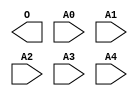

///
/// created by oc8051 rom maker
///
/// source file: C:\simont\monasm1.hex
/// time: 4:20:40 PM
///

module ROM32X1(O, A0, A1, A2, A3, A4); // synthesis syn_black_box syn_resources="luts=2"
output O;
input A0;
input A1;
input A2;
input A3;
input A4;
endmodule

//rom for 8051 processor

module oc8051_rom (rst, clk, addr, ea_int, data1, data2, data3);

parameter INT_ROM_WID= 10;

input rst, clk;
input [15:0] addr;
output ea_int;
output [7:0] data1, data2, data3;
reg ea_int;
reg [4:0] addr01;
reg [7:0] data1, data2, data3;

wire ea;
wire [15:0] addr_rst;
wire [7:0] int_data0, int_data1, int_data2, int_data3, int_data4, int_data5, int_data6, int_data7, int_data8, int_data9, int_data10, int_data11, int_data12, int_data13, int_data14, int_data15, int_data16, int_data17, int_data18, int_data19, int_data20, int_data21, int_data22, int_data23, int_data24, int_data25, int_data26, int_data27, int_data28, int_data29, int_data30, int_data31;

assign ea = | addr[15:INT_ROM_WID];

assign addr_rst = rst ? 16'h0000 : addr;

  rom0 rom_0 (.a(addr01), .o(int_data0));
  rom1 rom_1 (.a(addr01), .o(int_data1));
  rom2 rom_2 (.a(addr_rst[9:5]), .o(int_data2));
  rom3 rom_3 (.a(addr_rst[9:5]), .o(int_data3));
  rom4 rom_4 (.a(addr_rst[9:5]), .o(int_data4));
  rom5 rom_5 (.a(addr_rst[9:5]), .o(int_data5));
  rom6 rom_6 (.a(addr_rst[9:5]), .o(int_data6));
  rom7 rom_7 (.a(addr_rst[9:5]), .o(int_data7));
  rom8 rom_8 (.a(addr_rst[9:5]), .o(int_data8));
  rom9 rom_9 (.a(addr_rst[9:5]), .o(int_data9));
  rom10 rom_10 (.a(addr_rst[9:5]), .o(int_data10));
  rom11 rom_11 (.a(addr_rst[9:5]), .o(int_data11));
  rom12 rom_12 (.a(addr_rst[9:5]), .o(int_data12));
  rom13 rom_13 (.a(addr_rst[9:5]), .o(int_data13));
  rom14 rom_14 (.a(addr_rst[9:5]), .o(int_data14));
  rom15 rom_15 (.a(addr_rst[9:5]), .o(int_data15));
  rom16 rom_16 (.a(addr_rst[9:5]), .o(int_data16));
  rom17 rom_17 (.a(addr_rst[9:5]), .o(int_data17));
  rom18 rom_18 (.a(addr_rst[9:5]), .o(int_data18));
  rom19 rom_19 (.a(addr_rst[9:5]), .o(int_data19));
  rom20 rom_20 (.a(addr_rst[9:5]), .o(int_data20));
  rom21 rom_21 (.a(addr_rst[9:5]), .o(int_data21));
  rom22 rom_22 (.a(addr_rst[9:5]), .o(int_data22));
  rom23 rom_23 (.a(addr_rst[9:5]), .o(int_data23));
  rom24 rom_24 (.a(addr_rst[9:5]), .o(int_data24));
  rom25 rom_25 (.a(addr_rst[9:5]), .o(int_data25));
  rom26 rom_26 (.a(addr_rst[9:5]), .o(int_data26));
  rom27 rom_27 (.a(addr_rst[9:5]), .o(int_data27));
  rom28 rom_28 (.a(addr_rst[9:5]), .o(int_data28));
  rom29 rom_29 (.a(addr_rst[9:5]), .o(int_data29));
  rom30 rom_30 (.a(addr_rst[9:5]), .o(int_data30));
  rom31 rom_31 (.a(addr_rst[9:5]), .o(int_data31));

always @(addr_rst)
begin
  if (addr_rst[1])
    addr01= addr_rst[9:5]+ 5'h1;
  else
    addr01= addr_rst[9:5];
end

//
// always read tree bits in row
always @(posedge clk)
begin
  case(addr[4:0])
    5'd0: begin
      data1 <= #1 int_data0;
      data2 <= #1 int_data1;
      data3 <= #1 int_data2;
	end
    5'd1: begin
      data1 <= #1 int_data1;
      data2 <= #1 int_data2;
      data3 <= #1 int_data3;
	end
    5'd2: begin
      data1 <= #1 int_data2;
      data2 <= #1 int_data3;
      data3 <= #1 int_data4;
	end
    5'd3: begin
      data1 <= #1 int_data3;
      data2 <= #1 int_data4;
      data3 <= #1 int_data5;
	end
    5'd4: begin
      data1 <= #1 int_data4;
      data2 <= #1 int_data5;
      data3 <= #1 int_data6;
	end
    5'd5: begin
      data1 <= #1 int_data5;
      data2 <= #1 int_data6;
      data3 <= #1 int_data7;
	end
    5'd6: begin
      data1 <= #1 int_data6;
      data2 <= #1 int_data7;
      data3 <= #1 int_data8;
	end
    5'd7: begin
      data1 <= #1 int_data7;
      data2 <= #1 int_data8;
      data3 <= #1 int_data9;
	end
    5'd8: begin
      data1 <= #1 int_data8;
      data2 <= #1 int_data9;
      data3 <= #1 int_data10;
	end
    5'd9: begin
      data1 <= #1 int_data9;
      data2 <= #1 int_data10;
      data3 <= #1 int_data11;
	end
    5'd10: begin
      data1 <= #1 int_data10;
      data2 <= #1 int_data11;
      data3 <= #1 int_data12;
	end
    5'd11: begin
      data1 <= #1 int_data11;
      data2 <= #1 int_data12;
      data3 <= #1 int_data13;
	end
    5'd12: begin
      data1 <= #1 int_data12;
      data2 <= #1 int_data13;
      data3 <= #1 int_data14;
	end
    5'd13: begin
      data1 <= #1 int_data13;
      data2 <= #1 int_data14;
      data3 <= #1 int_data15;
	end
    5'd14: begin
      data1 <= #1 int_data14;
      data2 <= #1 int_data15;
      data3 <= #1 int_data16;
	end
    5'd15: begin
      data1 <= #1 int_data15;
      data2 <= #1 int_data16;
      data3 <= #1 int_data17;
	end
    5'd16: begin
      data1 <= #1 int_data16;
      data2 <= #1 int_data17;
      data3 <= #1 int_data18;
	end
    5'd17: begin
      data1 <= #1 int_data17;
      data2 <= #1 int_data18;
      data3 <= #1 int_data19;
	end
    5'd18: begin
      data1 <= #1 int_data18;
      data2 <= #1 int_data19;
      data3 <= #1 int_data20;
	end
    5'd19: begin
      data1 <= #1 int_data19;
      data2 <= #1 int_data20;
      data3 <= #1 int_data21;
	end
    5'd20: begin
      data1 <= #1 int_data20;
      data2 <= #1 int_data21;
      data3 <= #1 int_data22;
	end
    5'd21: begin
      data1 <= #1 int_data21;
      data2 <= #1 int_data22;
      data3 <= #1 int_data23;
	end
    5'd22: begin
      data1 <= #1 int_data22;
      data2 <= #1 int_data23;
      data3 <= #1 int_data24;
	end
    5'd23: begin
      data1 <= #1 int_data23;
      data2 <= #1 int_data24;
      data3 <= #1 int_data25;
	end
    5'd24: begin
      data1 <= #1 int_data24;
      data2 <= #1 int_data25;
      data3 <= #1 int_data26;
	end
    5'd25: begin
      data1 <= #1 int_data25;
      data2 <= #1 int_data26;
      data3 <= #1 int_data27;
	end
    5'd26: begin
      data1 <= #1 int_data26;
      data2 <= #1 int_data27;
      data3 <= #1 int_data28;
	end
    5'd27: begin
      data1 <= #1 int_data27;
      data2 <= #1 int_data28;
      data3 <= #1 int_data29;
	end
    5'd28: begin
      data1 <= #1 int_data28;
      data2 <= #1 int_data29;
      data3 <= #1 int_data30;
	end
    5'd29: begin
      data1 <= #1 int_data29;
      data2 <= #1 int_data30;
      data3 <= #1 int_data31;
	end
    5'd30: begin
      data1 <= #1 int_data30;
      data2 <= #1 int_data31;
      data3 <= #1 int_data0;
	end
    5'd31: begin
      data1 <= #1 int_data31;
      data2 <= #1 int_data0;
      data3 <= #1 int_data1;
	end
    default: begin
      data1 <= #1 8'h00;
      data2 <= #1 8'h00;
      data3 <= #1 8'h00;
	end
  endcase
end

always @(posedge clk or posedge rst)
 if (rst)
   ea_int <= #1 1'b1;
  else ea_int <= #1 !ea;

endmodule


//rom0
module rom0 (o,a);
input [4:0] a;
output [7:0] o;
ROM32X1 u0 (o[0],a[0],a[1],a[2],a[3],a[4]) /* synthesis xc_props="INIT=00092dd0" */;
ROM32X1 u1 (o[1],a[0],a[1],a[2],a[3],a[4]) /* synthesis xc_props="INIT=00143111" */;
ROM32X1 u2 (o[2],a[0],a[1],a[2],a[3],a[4]) /* synthesis xc_props="INIT=000008d8" */;
ROM32X1 u3 (o[3],a[0],a[1],a[2],a[3],a[4]) /* synthesis xc_props="INIT=00178438" */;
ROM32X1 u4 (o[4],a[0],a[1],a[2],a[3],a[4]) /* synthesis xc_props="INIT=000203c4" */;
ROM32X1 u5 (o[5],a[0],a[1],a[2],a[3],a[4]) /* synthesis xc_props="INIT=000880c0" */;
ROM32X1 u6 (o[6],a[0],a[1],a[2],a[3],a[4]) /* synthesis xc_props="INIT=0008a0c0" */;
ROM32X1 u7 (o[7],a[0],a[1],a[2],a[3],a[4]) /* synthesis xc_props="INIT=00032bc0" */;
endmodule

//rom1
module rom1 (o,a);
input [4:0] a;
output [7:0] o;
ROM32X1 u0 (o[0],a[0],a[1],a[2],a[3],a[4]) /* synthesis xc_props="INIT=00160931" */;
ROM32X1 u1 (o[1],a[0],a[1],a[2],a[3],a[4]) /* synthesis xc_props="INIT=001e0294" */;
ROM32X1 u2 (o[2],a[0],a[1],a[2],a[3],a[4]) /* synthesis xc_props="INIT=00193938" */;
ROM32X1 u3 (o[3],a[0],a[1],a[2],a[3],a[4]) /* synthesis xc_props="INIT=00180010" */;
ROM32X1 u4 (o[4],a[0],a[1],a[2],a[3],a[4]) /* synthesis xc_props="INIT=00032148" */;
ROM32X1 u5 (o[5],a[0],a[1],a[2],a[3],a[4]) /* synthesis xc_props="INIT=001f1564" */;
ROM32X1 u6 (o[6],a[0],a[1],a[2],a[3],a[4]) /* synthesis xc_props="INIT=001f1d60" */;
ROM32X1 u7 (o[7],a[0],a[1],a[2],a[3],a[4]) /* synthesis xc_props="INIT=000021f0" */;
endmodule

//rom2
module rom2 (o,a);
input [4:0] a;
output [7:0] o;
ROM32X1 u0 (o[0],a[0],a[1],a[2],a[3],a[4]) /* synthesis xc_props="INIT=0015a771" */;
ROM32X1 u1 (o[1],a[0],a[1],a[2],a[3],a[4]) /* synthesis xc_props="INIT=0017b405" */;
ROM32X1 u2 (o[2],a[0],a[1],a[2],a[3],a[4]) /* synthesis xc_props="INIT=000c2601" */;
ROM32X1 u3 (o[3],a[0],a[1],a[2],a[3],a[4]) /* synthesis xc_props="INIT=00040170" */;
ROM32X1 u4 (o[4],a[0],a[1],a[2],a[3],a[4]) /* synthesis xc_props="INIT=00002ff1" */;
ROM32X1 u5 (o[5],a[0],a[1],a[2],a[3],a[4]) /* synthesis xc_props="INIT=001f0e4d" */;
ROM32X1 u6 (o[6],a[0],a[1],a[2],a[3],a[4]) /* synthesis xc_props="INIT=001f2ec8" */;
ROM32X1 u7 (o[7],a[0],a[1],a[2],a[3],a[4]) /* synthesis xc_props="INIT=00008d35" */;
endmodule

//rom3
module rom3 (o,a);
input [4:0] a;
output [7:0] o;
ROM32X1 u0 (o[0],a[0],a[1],a[2],a[3],a[4]) /* synthesis xc_props="INIT=00070d2c" */;
ROM32X1 u1 (o[1],a[0],a[1],a[2],a[3],a[4]) /* synthesis xc_props="INIT=00012083" */;
ROM32X1 u2 (o[2],a[0],a[1],a[2],a[3],a[4]) /* synthesis xc_props="INIT=00070f30" */;
ROM32X1 u3 (o[3],a[0],a[1],a[2],a[3],a[4]) /* synthesis xc_props="INIT=00150014" */;
ROM32X1 u4 (o[4],a[0],a[1],a[2],a[3],a[4]) /* synthesis xc_props="INIT=00128d75" */;
ROM32X1 u5 (o[5],a[0],a[1],a[2],a[3],a[4]) /* synthesis xc_props="INIT=0017af31" */;
ROM32X1 u6 (o[6],a[0],a[1],a[2],a[3],a[4]) /* synthesis xc_props="INIT=00078f70" */;
ROM32X1 u7 (o[7],a[0],a[1],a[2],a[3],a[4]) /* synthesis xc_props="INIT=00000224" */;
endmodule

//rom4
module rom4 (o,a);
input [4:0] a;
output [7:0] o;
ROM32X1 u0 (o[0],a[0],a[1],a[2],a[3],a[4]) /* synthesis xc_props="INIT=000c12f0" */;
ROM32X1 u1 (o[1],a[0],a[1],a[2],a[3],a[4]) /* synthesis xc_props="INIT=00031218" */;
ROM32X1 u2 (o[2],a[0],a[1],a[2],a[3],a[4]) /* synthesis xc_props="INIT=000f10c0" */;
ROM32X1 u3 (o[3],a[0],a[1],a[2],a[3],a[4]) /* synthesis xc_props="INIT=000d1020" */;
ROM32X1 u4 (o[4],a[0],a[1],a[2],a[3],a[4]) /* synthesis xc_props="INIT=0010bf2c" */;
ROM32X1 u5 (o[5],a[0],a[1],a[2],a[3],a[4]) /* synthesis xc_props="INIT=00179048" */;
ROM32X1 u6 (o[6],a[0],a[1],a[2],a[3],a[4]) /* synthesis xc_props="INIT=00071d44" */;
ROM32X1 u7 (o[7],a[0],a[1],a[2],a[3],a[4]) /* synthesis xc_props="INIT=00003f60" */;
endmodule

//rom5
module rom5 (o,a);
input [4:0] a;
output [7:0] o;
ROM32X1 u0 (o[0],a[0],a[1],a[2],a[3],a[4]) /* synthesis xc_props="INIT=001402a8" */;
ROM32X1 u1 (o[1],a[0],a[1],a[2],a[3],a[4]) /* synthesis xc_props="INIT=0008309e" */;
ROM32X1 u2 (o[2],a[0],a[1],a[2],a[3],a[4]) /* synthesis xc_props="INIT=00100224" */;
ROM32X1 u3 (o[3],a[0],a[1],a[2],a[3],a[4]) /* synthesis xc_props="INIT=00081c08" */;
ROM32X1 u4 (o[4],a[0],a[1],a[2],a[3],a[4]) /* synthesis xc_props="INIT=00101274" */;
ROM32X1 u5 (o[5],a[0],a[1],a[2],a[3],a[4]) /* synthesis xc_props="INIT=00141278" */;
ROM32X1 u6 (o[6],a[0],a[1],a[2],a[3],a[4]) /* synthesis xc_props="INIT=0004126e" */;
ROM32X1 u7 (o[7],a[0],a[1],a[2],a[3],a[4]) /* synthesis xc_props="INIT=000052e8" */;
endmodule

//rom6
module rom6 (o,a);
input [4:0] a;
output [7:0] o;
ROM32X1 u0 (o[0],a[0],a[1],a[2],a[3],a[4]) /* synthesis xc_props="INIT=001a7348" */;
ROM32X1 u1 (o[1],a[0],a[1],a[2],a[3],a[4]) /* synthesis xc_props="INIT=00043c5e" */;
ROM32X1 u2 (o[2],a[0],a[1],a[2],a[3],a[4]) /* synthesis xc_props="INIT=00042090" */;
ROM32X1 u3 (o[3],a[0],a[1],a[2],a[3],a[4]) /* synthesis xc_props="INIT=000f6b10" */;
ROM32X1 u4 (o[4],a[0],a[1],a[2],a[3],a[4]) /* synthesis xc_props="INIT=0012624a" */;
ROM32X1 u5 (o[5],a[0],a[1],a[2],a[3],a[4]) /* synthesis xc_props="INIT=001c6582" */;
ROM32X1 u6 (o[6],a[0],a[1],a[2],a[3],a[4]) /* synthesis xc_props="INIT=000c7084" */;
ROM32X1 u7 (o[7],a[0],a[1],a[2],a[3],a[4]) /* synthesis xc_props="INIT=0003dbfc" */;
endmodule

//rom7
module rom7 (o,a);
input [4:0] a;
output [7:0] o;
ROM32X1 u0 (o[0],a[0],a[1],a[2],a[3],a[4]) /* synthesis xc_props="INIT=000007de" */;
ROM32X1 u1 (o[1],a[0],a[1],a[2],a[3],a[4]) /* synthesis xc_props="INIT=000041e8" */;
ROM32X1 u2 (o[2],a[0],a[1],a[2],a[3],a[4]) /* synthesis xc_props="INIT=000d3662" */;
ROM32X1 u3 (o[3],a[0],a[1],a[2],a[3],a[4]) /* synthesis xc_props="INIT=0008001c" */;
ROM32X1 u4 (o[4],a[0],a[1],a[2],a[3],a[4]) /* synthesis xc_props="INIT=00039ef6" */;
ROM32X1 u5 (o[5],a[0],a[1],a[2],a[3],a[4]) /* synthesis xc_props="INIT=001fee62" */;
ROM32X1 u6 (o[6],a[0],a[1],a[2],a[3],a[4]) /* synthesis xc_props="INIT=000fae62" */;
ROM32X1 u7 (o[7],a[0],a[1],a[2],a[3],a[4]) /* synthesis xc_props="INIT=000039f4" */;
endmodule

//rom8
module rom8 (o,a);
input [4:0] a;
output [7:0] o;
ROM32X1 u0 (o[0],a[0],a[1],a[2],a[3],a[4]) /* synthesis xc_props="INIT=0012e844" */;
ROM32X1 u1 (o[1],a[0],a[1],a[2],a[3],a[4]) /* synthesis xc_props="INIT=00022100" */;
ROM32X1 u2 (o[2],a[0],a[1],a[2],a[3],a[4]) /* synthesis xc_props="INIT=00180014" */;
ROM32X1 u3 (o[3],a[0],a[1],a[2],a[3],a[4]) /* synthesis xc_props="INIT=00190972" */;
ROM32X1 u4 (o[4],a[0],a[1],a[2],a[3],a[4]) /* synthesis xc_props="INIT=0000b616" */;
ROM32X1 u5 (o[5],a[0],a[1],a[2],a[3],a[4]) /* synthesis xc_props="INIT=001fd99c" */;
ROM32X1 u6 (o[6],a[0],a[1],a[2],a[3],a[4]) /* synthesis xc_props="INIT=001b469c" */;
ROM32X1 u7 (o[7],a[0],a[1],a[2],a[3],a[4]) /* synthesis xc_props="INIT=00002f02" */;
endmodule

//rom9
module rom9 (o,a);
input [4:0] a;
output [7:0] o;
ROM32X1 u0 (o[0],a[0],a[1],a[2],a[3],a[4]) /* synthesis xc_props="INIT=001a6068" */;
ROM32X1 u1 (o[1],a[0],a[1],a[2],a[3],a[4]) /* synthesis xc_props="INIT=00124138" */;
ROM32X1 u2 (o[2],a[0],a[1],a[2],a[3],a[4]) /* synthesis xc_props="INIT=001e2048" */;
ROM32X1 u3 (o[3],a[0],a[1],a[2],a[3],a[4]) /* synthesis xc_props="INIT=00120000" */;
ROM32X1 u4 (o[4],a[0],a[1],a[2],a[3],a[4]) /* synthesis xc_props="INIT=00052c86" */;
ROM32X1 u5 (o[5],a[0],a[1],a[2],a[3],a[4]) /* synthesis xc_props="INIT=001f6808" */;
ROM32X1 u6 (o[6],a[0],a[1],a[2],a[3],a[4]) /* synthesis xc_props="INIT=001e7826" */;
ROM32X1 u7 (o[7],a[0],a[1],a[2],a[3],a[4]) /* synthesis xc_props="INIT=00002924" */;
endmodule

//rom10
module rom10 (o,a);
input [4:0] a;
output [7:0] o;
ROM32X1 u0 (o[0],a[0],a[1],a[2],a[3],a[4]) /* synthesis xc_props="INIT=000c6b8a" */;
ROM32X1 u1 (o[1],a[0],a[1],a[2],a[3],a[4]) /* synthesis xc_props="INIT=001e4d10" */;
ROM32X1 u2 (o[2],a[0],a[1],a[2],a[3],a[4]) /* synthesis xc_props="INIT=001e1caa" */;
ROM32X1 u3 (o[3],a[0],a[1],a[2],a[3],a[4]) /* synthesis xc_props="INIT=00162300" */;
ROM32X1 u4 (o[4],a[0],a[1],a[2],a[3],a[4]) /* synthesis xc_props="INIT=0000b9fa" */;
ROM32X1 u5 (o[5],a[0],a[1],a[2],a[3],a[4]) /* synthesis xc_props="INIT=001e5fda" */;
ROM32X1 u6 (o[6],a[0],a[1],a[2],a[3],a[4]) /* synthesis xc_props="INIT=001e5dca" */;
ROM32X1 u7 (o[7],a[0],a[1],a[2],a[3],a[4]) /* synthesis xc_props="INIT=0000be68" */;
endmodule

//rom11
module rom11 (o,a);
input [4:0] a;
output [7:0] o;
ROM32X1 u0 (o[0],a[0],a[1],a[2],a[3],a[4]) /* synthesis xc_props="INIT=001c3f3e" */;
ROM32X1 u1 (o[1],a[0],a[1],a[2],a[3],a[4]) /* synthesis xc_props="INIT=00041601" */;
ROM32X1 u2 (o[2],a[0],a[1],a[2],a[3],a[4]) /* synthesis xc_props="INIT=00052830" */;
ROM32X1 u3 (o[3],a[0],a[1],a[2],a[3],a[4]) /* synthesis xc_props="INIT=0015002e" */;
ROM32X1 u4 (o[4],a[0],a[1],a[2],a[3],a[4]) /* synthesis xc_props="INIT=0000a899" */;
ROM32X1 u5 (o[5],a[0],a[1],a[2],a[3],a[4]) /* synthesis xc_props="INIT=001ca8d1" */;
ROM32X1 u6 (o[6],a[0],a[1],a[2],a[3],a[4]) /* synthesis xc_props="INIT=001cbcd0" */;
ROM32X1 u7 (o[7],a[0],a[1],a[2],a[3],a[4]) /* synthesis xc_props="INIT=0001168e" */;
endmodule

//rom12
module rom12 (o,a);
input [4:0] a;
output [7:0] o;
ROM32X1 u0 (o[0],a[0],a[1],a[2],a[3],a[4]) /* synthesis xc_props="INIT=00020014" */;
ROM32X1 u1 (o[1],a[0],a[1],a[2],a[3],a[4]) /* synthesis xc_props="INIT=0002824c" */;
ROM32X1 u2 (o[2],a[0],a[1],a[2],a[3],a[4]) /* synthesis xc_props="INIT=001b1500" */;
ROM32X1 u3 (o[3],a[0],a[1],a[2],a[3],a[4]) /* synthesis xc_props="INIT=00080310" */;
ROM32X1 u4 (o[4],a[0],a[1],a[2],a[3],a[4]) /* synthesis xc_props="INIT=0011bd18" */;
ROM32X1 u5 (o[5],a[0],a[1],a[2],a[3],a[4]) /* synthesis xc_props="INIT=001dc32a" */;
ROM32X1 u6 (o[6],a[0],a[1],a[2],a[3],a[4]) /* synthesis xc_props="INIT=00196920" */;
ROM32X1 u7 (o[7],a[0],a[1],a[2],a[3],a[4]) /* synthesis xc_props="INIT=00027e14" */;
endmodule

//rom13
module rom13 (o,a);
input [4:0] a;
output [7:0] o;
ROM32X1 u0 (o[0],a[0],a[1],a[2],a[3],a[4]) /* synthesis xc_props="INIT=0010050a" */;
ROM32X1 u1 (o[1],a[0],a[1],a[2],a[3],a[4]) /* synthesis xc_props="INIT=0010520c" */;
ROM32X1 u2 (o[2],a[0],a[1],a[2],a[3],a[4]) /* synthesis xc_props="INIT=00150422" */;
ROM32X1 u3 (o[3],a[0],a[1],a[2],a[3],a[4]) /* synthesis xc_props="INIT=00151cbc" */;
ROM32X1 u4 (o[4],a[0],a[1],a[2],a[3],a[4]) /* synthesis xc_props="INIT=00000082" */;
ROM32X1 u5 (o[5],a[0],a[1],a[2],a[3],a[4]) /* synthesis xc_props="INIT=001d409a" */;
ROM32X1 u6 (o[6],a[0],a[1],a[2],a[3],a[4]) /* synthesis xc_props="INIT=0015409a" */;
ROM32X1 u7 (o[7],a[0],a[1],a[2],a[3],a[4]) /* synthesis xc_props="INIT=0000024c" */;
endmodule

//rom14
module rom14 (o,a);
input [4:0] a;
output [7:0] o;
ROM32X1 u0 (o[0],a[0],a[1],a[2],a[3],a[4]) /* synthesis xc_props="INIT=0004224a" */;
ROM32X1 u1 (o[1],a[0],a[1],a[2],a[3],a[4]) /* synthesis xc_props="INIT=001c1b0e" */;
ROM32X1 u2 (o[2],a[0],a[1],a[2],a[3],a[4]) /* synthesis xc_props="INIT=000c0050" */;
ROM32X1 u3 (o[3],a[0],a[1],a[2],a[3],a[4]) /* synthesis xc_props="INIT=000c3a32" */;
ROM32X1 u4 (o[4],a[0],a[1],a[2],a[3],a[4]) /* synthesis xc_props="INIT=001103d8" */;
ROM32X1 u5 (o[5],a[0],a[1],a[2],a[3],a[4]) /* synthesis xc_props="INIT=001dbff0" */;
ROM32X1 u6 (o[6],a[0],a[1],a[2],a[3],a[4]) /* synthesis xc_props="INIT=001c1e70" */;
ROM32X1 u7 (o[7],a[0],a[1],a[2],a[3],a[4]) /* synthesis xc_props="INIT=0000b86e" */;
endmodule

//rom15
module rom15 (o,a);
input [4:0] a;
output [7:0] o;
ROM32X1 u0 (o[0],a[0],a[1],a[2],a[3],a[4]) /* synthesis xc_props="INIT=00082ffa" */;
ROM32X1 u1 (o[1],a[0],a[1],a[2],a[3],a[4]) /* synthesis xc_props="INIT=0014242a" */;
ROM32X1 u2 (o[2],a[0],a[1],a[2],a[3],a[4]) /* synthesis xc_props="INIT=000c0946" */;
ROM32X1 u3 (o[3],a[0],a[1],a[2],a[3],a[4]) /* synthesis xc_props="INIT=0014048e" */;
ROM32X1 u4 (o[4],a[0],a[1],a[2],a[3],a[4]) /* synthesis xc_props="INIT=000adc82" */;
ROM32X1 u5 (o[5],a[0],a[1],a[2],a[3],a[4]) /* synthesis xc_props="INIT=000ec9c6" */;
ROM32X1 u6 (o[6],a[0],a[1],a[2],a[3],a[4]) /* synthesis xc_props="INIT=000cd9e4" */;
ROM32X1 u7 (o[7],a[0],a[1],a[2],a[3],a[4]) /* synthesis xc_props="INIT=00006166" */;
endmodule

//rom16
module rom16 (o,a);
input [4:0] a;
output [7:0] o;
ROM32X1 u0 (o[0],a[0],a[1],a[2],a[3],a[4]) /* synthesis xc_props="INIT=000e8002" */;
ROM32X1 u1 (o[1],a[0],a[1],a[2],a[3],a[4]) /* synthesis xc_props="INIT=0005a410" */;
ROM32X1 u2 (o[2],a[0],a[1],a[2],a[3],a[4]) /* synthesis xc_props="INIT=000c1622" */;
ROM32X1 u3 (o[3],a[0],a[1],a[2],a[3],a[4]) /* synthesis xc_props="INIT=00092200" */;
ROM32X1 u4 (o[4],a[0],a[1],a[2],a[3],a[4]) /* synthesis xc_props="INIT=0002cbf2" */;
ROM32X1 u5 (o[5],a[0],a[1],a[2],a[3],a[4]) /* synthesis xc_props="INIT=000ee75e" */;
ROM32X1 u6 (o[6],a[0],a[1],a[2],a[3],a[4]) /* synthesis xc_props="INIT=000c4fce" */;
ROM32X1 u7 (o[7],a[0],a[1],a[2],a[3],a[4]) /* synthesis xc_props="INIT=00012d60" */;
endmodule

//rom17
module rom17 (o,a);
input [4:0] a;
output [7:0] o;
ROM32X1 u0 (o[0],a[0],a[1],a[2],a[3],a[4]) /* synthesis xc_props="INIT=0000545a" */;
ROM32X1 u1 (o[1],a[0],a[1],a[2],a[3],a[4]) /* synthesis xc_props="INIT=000a746c" */;
ROM32X1 u2 (o[2],a[0],a[1],a[2],a[3],a[4]) /* synthesis xc_props="INIT=00010122" */;
ROM32X1 u3 (o[3],a[0],a[1],a[2],a[3],a[4]) /* synthesis xc_props="INIT=00000022" */;
ROM32X1 u4 (o[4],a[0],a[1],a[2],a[3],a[4]) /* synthesis xc_props="INIT=00034150" */;
ROM32X1 u5 (o[5],a[0],a[1],a[2],a[3],a[4]) /* synthesis xc_props="INIT=000b4010" */;
ROM32X1 u6 (o[6],a[0],a[1],a[2],a[3],a[4]) /* synthesis xc_props="INIT=00095524" */;
ROM32X1 u7 (o[7],a[0],a[1],a[2],a[3],a[4]) /* synthesis xc_props="INIT=000034c2" */;
endmodule

//rom18
module rom18 (o,a);
input [4:0] a;
output [7:0] o;
ROM32X1 u0 (o[0],a[0],a[1],a[2],a[3],a[4]) /* synthesis xc_props="INIT=000e698a" */;
ROM32X1 u1 (o[1],a[0],a[1],a[2],a[3],a[4]) /* synthesis xc_props="INIT=00026342" */;
ROM32X1 u2 (o[2],a[0],a[1],a[2],a[3],a[4]) /* synthesis xc_props="INIT=000c5d0e" */;
ROM32X1 u3 (o[3],a[0],a[1],a[2],a[3],a[4]) /* synthesis xc_props="INIT=00052942" */;
ROM32X1 u4 (o[4],a[0],a[1],a[2],a[3],a[4]) /* synthesis xc_props="INIT=0002fcce" */;
ROM32X1 u5 (o[5],a[0],a[1],a[2],a[3],a[4]) /* synthesis xc_props="INIT=000bea7a" */;
ROM32X1 u6 (o[6],a[0],a[1],a[2],a[3],a[4]) /* synthesis xc_props="INIT=000968e8" */;
ROM32X1 u7 (o[7],a[0],a[1],a[2],a[3],a[4]) /* synthesis xc_props="INIT=00009cca" */;
endmodule

//rom19
module rom19 (o,a);
input [4:0] a;
output [7:0] o;
ROM32X1 u0 (o[0],a[0],a[1],a[2],a[3],a[4]) /* synthesis xc_props="INIT=0001ae6a" */;
ROM32X1 u1 (o[1],a[0],a[1],a[2],a[3],a[4]) /* synthesis xc_props="INIT=000c0031" */;
ROM32X1 u2 (o[2],a[0],a[1],a[2],a[3],a[4]) /* synthesis xc_props="INIT=00020e22" */;
ROM32X1 u3 (o[3],a[0],a[1],a[2],a[3],a[4]) /* synthesis xc_props="INIT=000484a8" */;
ROM32X1 u4 (o[4],a[0],a[1],a[2],a[3],a[4]) /* synthesis xc_props="INIT=000b1ffb" */;
ROM32X1 u5 (o[5],a[0],a[1],a[2],a[3],a[4]) /* synthesis xc_props="INIT=000b9ef7" */;
ROM32X1 u6 (o[6],a[0],a[1],a[2],a[3],a[4]) /* synthesis xc_props="INIT=00088a86" */;
ROM32X1 u7 (o[7],a[0],a[1],a[2],a[3],a[4]) /* synthesis xc_props="INIT=00000108" */;
endmodule

//rom20
module rom20 (o,a);
input [4:0] a;
output [7:0] o;
ROM32X1 u0 (o[0],a[0],a[1],a[2],a[3],a[4]) /* synthesis xc_props="INIT=00060870" */;
ROM32X1 u1 (o[1],a[0],a[1],a[2],a[3],a[4]) /* synthesis xc_props="INIT=00001158" */;
ROM32X1 u2 (o[2],a[0],a[1],a[2],a[3],a[4]) /* synthesis xc_props="INIT=00022024" */;
ROM32X1 u3 (o[3],a[0],a[1],a[2],a[3],a[4]) /* synthesis xc_props="INIT=00042816" */;
ROM32X1 u4 (o[4],a[0],a[1],a[2],a[3],a[4]) /* synthesis xc_props="INIT=0002eeec" */;
ROM32X1 u5 (o[5],a[0],a[1],a[2],a[3],a[4]) /* synthesis xc_props="INIT=0006b4fc" */;
ROM32X1 u6 (o[6],a[0],a[1],a[2],a[3],a[4]) /* synthesis xc_props="INIT=0004e630" */;
ROM32X1 u7 (o[7],a[0],a[1],a[2],a[3],a[4]) /* synthesis xc_props="INIT=00004a12" */;
endmodule

//rom21
module rom21 (o,a);
input [4:0] a;
output [7:0] o;
ROM32X1 u0 (o[0],a[0],a[1],a[2],a[3],a[4]) /* synthesis xc_props="INIT=00095118" */;
ROM32X1 u1 (o[1],a[0],a[1],a[2],a[3],a[4]) /* synthesis xc_props="INIT=00027910" */;
ROM32X1 u2 (o[2],a[0],a[1],a[2],a[3],a[4]) /* synthesis xc_props="INIT=000f250c" */;
ROM32X1 u3 (o[3],a[0],a[1],a[2],a[3],a[4]) /* synthesis xc_props="INIT=000d0900" */;
ROM32X1 u4 (o[4],a[0],a[1],a[2],a[3],a[4]) /* synthesis xc_props="INIT=000242bc" */;
ROM32X1 u5 (o[5],a[0],a[1],a[2],a[3],a[4]) /* synthesis xc_props="INIT=00064548" */;
ROM32X1 u6 (o[6],a[0],a[1],a[2],a[3],a[4]) /* synthesis xc_props="INIT=0004506a" */;
ROM32X1 u7 (o[7],a[0],a[1],a[2],a[3],a[4]) /* synthesis xc_props="INIT=000114b0" */;
endmodule

//rom22
module rom22 (o,a);
input [4:0] a;
output [7:0] o;
ROM32X1 u0 (o[0],a[0],a[1],a[2],a[3],a[4]) /* synthesis xc_props="INIT=0002091a" */;
ROM32X1 u1 (o[1],a[0],a[1],a[2],a[3],a[4]) /* synthesis xc_props="INIT=000a2190" */;
ROM32X1 u2 (o[2],a[0],a[1],a[2],a[3],a[4]) /* synthesis xc_props="INIT=00071002" */;
ROM32X1 u3 (o[3],a[0],a[1],a[2],a[3],a[4]) /* synthesis xc_props="INIT=000c8e18" */;
ROM32X1 u4 (o[4],a[0],a[1],a[2],a[3],a[4]) /* synthesis xc_props="INIT=0003d34a" */;
ROM32X1 u5 (o[5],a[0],a[1],a[2],a[3],a[4]) /* synthesis xc_props="INIT=0007ea46" */;
ROM32X1 u6 (o[6],a[0],a[1],a[2],a[3],a[4]) /* synthesis xc_props="INIT=00054246" */;
ROM32X1 u7 (o[7],a[0],a[1],a[2],a[3],a[4]) /* synthesis xc_props="INIT=00009908" */;
endmodule

//rom23
module rom23 (o,a);
input [4:0] a;
output [7:0] o;
ROM32X1 u0 (o[0],a[0],a[1],a[2],a[3],a[4]) /* synthesis xc_props="INIT=000cb8cc" */;
ROM32X1 u1 (o[1],a[0],a[1],a[2],a[3],a[4]) /* synthesis xc_props="INIT=00080d84" */;
ROM32X1 u2 (o[2],a[0],a[1],a[2],a[3],a[4]) /* synthesis xc_props="INIT=000d25e8" */;
ROM32X1 u3 (o[3],a[0],a[1],a[2],a[3],a[4]) /* synthesis xc_props="INIT=000b81a8" */;
ROM32X1 u4 (o[4],a[0],a[1],a[2],a[3],a[4]) /* synthesis xc_props="INIT=000223ee" */;
ROM32X1 u5 (o[5],a[0],a[1],a[2],a[3],a[4]) /* synthesis xc_props="INIT=000fb7fc" */;
ROM32X1 u6 (o[6],a[0],a[1],a[2],a[3],a[4]) /* synthesis xc_props="INIT=000db572" */;
ROM32X1 u7 (o[7],a[0],a[1],a[2],a[3],a[4]) /* synthesis xc_props="INIT=00000d02" */;
endmodule

//rom24
module rom24 (o,a);
input [4:0] a;
output [7:0] o;
ROM32X1 u0 (o[0],a[0],a[1],a[2],a[3],a[4]) /* synthesis xc_props="INIT=000fe720" */;
ROM32X1 u1 (o[1],a[0],a[1],a[2],a[3],a[4]) /* synthesis xc_props="INIT=000c0830" */;
ROM32X1 u2 (o[2],a[0],a[1],a[2],a[3],a[4]) /* synthesis xc_props="INIT=0004812c" */;
ROM32X1 u3 (o[3],a[0],a[1],a[2],a[3],a[4]) /* synthesis xc_props="INIT=00020a2a" */;
ROM32X1 u4 (o[4],a[0],a[1],a[2],a[3],a[4]) /* synthesis xc_props="INIT=0003066c" */;
ROM32X1 u5 (o[5],a[0],a[1],a[2],a[3],a[4]) /* synthesis xc_props="INIT=000f8f28" */;
ROM32X1 u6 (o[6],a[0],a[1],a[2],a[3],a[4]) /* synthesis xc_props="INIT=000c9368" */;
ROM32X1 u7 (o[7],a[0],a[1],a[2],a[3],a[4]) /* synthesis xc_props="INIT=000069e0" */;
endmodule

//rom25
module rom25 (o,a);
input [4:0] a;
output [7:0] o;
ROM32X1 u0 (o[0],a[0],a[1],a[2],a[3],a[4]) /* synthesis xc_props="INIT=00063490" */;
ROM32X1 u1 (o[1],a[0],a[1],a[2],a[3],a[4]) /* synthesis xc_props="INIT=00002820" */;
ROM32X1 u2 (o[2],a[0],a[1],a[2],a[3],a[4]) /* synthesis xc_props="INIT=00007498" */;
ROM32X1 u3 (o[3],a[0],a[1],a[2],a[3],a[4]) /* synthesis xc_props="INIT=00080042" */;
ROM32X1 u4 (o[4],a[0],a[1],a[2],a[3],a[4]) /* synthesis xc_props="INIT=00082332" */;
ROM32X1 u5 (o[5],a[0],a[1],a[2],a[3],a[4]) /* synthesis xc_props="INIT=000e5136" */;
ROM32X1 u6 (o[6],a[0],a[1],a[2],a[3],a[4]) /* synthesis xc_props="INIT=00065316" */;
ROM32X1 u7 (o[7],a[0],a[1],a[2],a[3],a[4]) /* synthesis xc_props="INIT=00001d10" */;
endmodule

//rom26
module rom26 (o,a);
input [4:0] a;
output [7:0] o;
ROM32X1 u0 (o[0],a[0],a[1],a[2],a[3],a[4]) /* synthesis xc_props="INIT=00011a54" */;
ROM32X1 u1 (o[1],a[0],a[1],a[2],a[3],a[4]) /* synthesis xc_props="INIT=00033a0c" */;
ROM32X1 u2 (o[2],a[0],a[1],a[2],a[3],a[4]) /* synthesis xc_props="INIT=00040740" */;
ROM32X1 u3 (o[3],a[0],a[1],a[2],a[3],a[4]) /* synthesis xc_props="INIT=00058834" */;
ROM32X1 u4 (o[4],a[0],a[1],a[2],a[3],a[4]) /* synthesis xc_props="INIT=000869ba" */;
ROM32X1 u5 (o[5],a[0],a[1],a[2],a[3],a[4]) /* synthesis xc_props="INIT=000eca2e" */;
ROM32X1 u6 (o[6],a[0],a[1],a[2],a[3],a[4]) /* synthesis xc_props="INIT=00065f20" */;
ROM32X1 u7 (o[7],a[0],a[1],a[2],a[3],a[4]) /* synthesis xc_props="INIT=00019690" */;
endmodule

//rom27
module rom27 (o,a);
input [4:0] a;
output [7:0] o;
ROM32X1 u0 (o[0],a[0],a[1],a[2],a[3],a[4]) /* synthesis xc_props="INIT=000b040a" */;
ROM32X1 u1 (o[1],a[0],a[1],a[2],a[3],a[4]) /* synthesis xc_props="INIT=00030091" */;
ROM32X1 u2 (o[2],a[0],a[1],a[2],a[3],a[4]) /* synthesis xc_props="INIT=0008d40e" */;
ROM32X1 u3 (o[3],a[0],a[1],a[2],a[3],a[4]) /* synthesis xc_props="INIT=00004008" */;
ROM32X1 u4 (o[4],a[0],a[1],a[2],a[3],a[4]) /* synthesis xc_props="INIT=00099577" */;
ROM32X1 u5 (o[5],a[0],a[1],a[2],a[3],a[4]) /* synthesis xc_props="INIT=000fc77b" */;
ROM32X1 u6 (o[6],a[0],a[1],a[2],a[3],a[4]) /* synthesis xc_props="INIT=0003c74a" */;
ROM32X1 u7 (o[7],a[0],a[1],a[2],a[3],a[4]) /* synthesis xc_props="INIT=00001548" */;
endmodule

//rom28
module rom28 (o,a);
input [4:0] a;
output [7:0] o;
ROM32X1 u0 (o[0],a[0],a[1],a[2],a[3],a[4]) /* synthesis xc_props="INIT=000da040" */;
ROM32X1 u1 (o[1],a[0],a[1],a[2],a[3],a[4]) /* synthesis xc_props="INIT=00053290" */;
ROM32X1 u2 (o[2],a[0],a[1],a[2],a[3],a[4]) /* synthesis xc_props="INIT=0002bb40" */;
ROM32X1 u3 (o[3],a[0],a[1],a[2],a[3],a[4]) /* synthesis xc_props="INIT=0000880a" */;
ROM32X1 u4 (o[4],a[0],a[1],a[2],a[3],a[4]) /* synthesis xc_props="INIT=00080ca8" */;
ROM32X1 u5 (o[5],a[0],a[1],a[2],a[3],a[4]) /* synthesis xc_props="INIT=000fac4e" */;
ROM32X1 u6 (o[6],a[0],a[1],a[2],a[3],a[4]) /* synthesis xc_props="INIT=00078ddc" */;
ROM32X1 u7 (o[7],a[0],a[1],a[2],a[3],a[4]) /* synthesis xc_props="INIT=0000057a" */;
endmodule

//rom29
module rom29 (o,a);
input [4:0] a;
output [7:0] o;
ROM32X1 u0 (o[0],a[0],a[1],a[2],a[3],a[4]) /* synthesis xc_props="INIT=00078b24" */;
ROM32X1 u1 (o[1],a[0],a[1],a[2],a[3],a[4]) /* synthesis xc_props="INIT=000de308" */;
ROM32X1 u2 (o[2],a[0],a[1],a[2],a[3],a[4]) /* synthesis xc_props="INIT=000f880c" */;
ROM32X1 u3 (o[3],a[0],a[1],a[2],a[3],a[4]) /* synthesis xc_props="INIT=000d8414" */;
ROM32X1 u4 (o[4],a[0],a[1],a[2],a[3],a[4]) /* synthesis xc_props="INIT=00083156" */;
ROM32X1 u5 (o[5],a[0],a[1],a[2],a[3],a[4]) /* synthesis xc_props="INIT=000f8040" */;
ROM32X1 u6 (o[6],a[0],a[1],a[2],a[3],a[4]) /* synthesis xc_props="INIT=00079240" */;
ROM32X1 u7 (o[7],a[0],a[1],a[2],a[3],a[4]) /* synthesis xc_props="INIT=000043da" */;
endmodule

//rom30
module rom30 (o,a);
input [4:0] a;
output [7:0] o;
ROM32X1 u0 (o[0],a[0],a[1],a[2],a[3],a[4]) /* synthesis xc_props="INIT=00042152" */;
ROM32X1 u1 (o[1],a[0],a[1],a[2],a[3],a[4]) /* synthesis xc_props="INIT=00030f00" */;
ROM32X1 u2 (o[2],a[0],a[1],a[2],a[3],a[4]) /* synthesis xc_props="INIT=0007c756" */;
ROM32X1 u3 (o[3],a[0],a[1],a[2],a[3],a[4]) /* synthesis xc_props="INIT=00050120" */;
ROM32X1 u4 (o[4],a[0],a[1],a[2],a[3],a[4]) /* synthesis xc_props="INIT=00000b1e" */;
ROM32X1 u5 (o[5],a[0],a[1],a[2],a[3],a[4]) /* synthesis xc_props="INIT=0007dd5a" */;
ROM32X1 u6 (o[6],a[0],a[1],a[2],a[3],a[4]) /* synthesis xc_props="INIT=0007d53a" */;
ROM32X1 u7 (o[7],a[0],a[1],a[2],a[3],a[4]) /* synthesis xc_props="INIT=00001728" */;
endmodule

//rom31
module rom31 (o,a);
input [4:0] a;
output [7:0] o;
ROM32X1 u0 (o[0],a[0],a[1],a[2],a[3],a[4]) /* synthesis xc_props="INIT=000e0408" */;
ROM32X1 u1 (o[1],a[0],a[1],a[2],a[3],a[4]) /* synthesis xc_props="INIT=00001140" */;
ROM32X1 u2 (o[2],a[0],a[1],a[2],a[3],a[4]) /* synthesis xc_props="INIT=000e20a0" */;
ROM32X1 u3 (o[3],a[0],a[1],a[2],a[3],a[4]) /* synthesis xc_props="INIT=000e1200" */;
ROM32X1 u4 (o[4],a[0],a[1],a[2],a[3],a[4]) /* synthesis xc_props="INIT=00004c18" */;
ROM32X1 u5 (o[5],a[0],a[1],a[2],a[3],a[4]) /* synthesis xc_props="INIT=000475ac" */;
ROM32X1 u6 (o[6],a[0],a[1],a[2],a[3],a[4]) /* synthesis xc_props="INIT=000450b4" */;
ROM32X1 u7 (o[7],a[0],a[1],a[2],a[3],a[4]) /* synthesis xc_props="INIT=000038f2" */;
endmodule